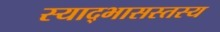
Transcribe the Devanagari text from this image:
स्याद्भासस्तस्य